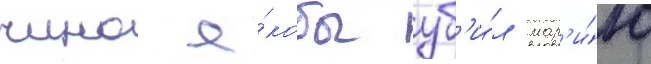
чино я́кобы уб'и́л мар'и́ю